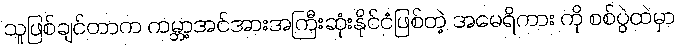
သူဖြစ်ချင်တာက ကမ္ဘာ့အင်အားအကြီးဆုံးနိုင်ငံဖြစ်တဲ့ အမေရိကား ကို စစ်ပွဲထဲမှာ